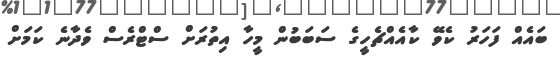
ބައެއް ފަހަރު ކެވޭ ކާއެއްޗެހީގެ ސަބަބުން މީހާ އިިތުރަށް ސްޓްރެސް ވެދާނެ ކަމަށް